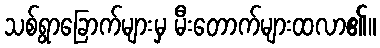
သစ်ရွာခြောက်များမှ မီးတောက်များထလာ၏။